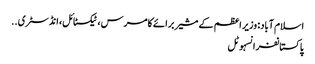
اسلام آباد: وزیر اعظم کے مشیر برائے کامرس، ٹیکسٹائل، انڈسٹری ..
پاکستانفرانسہوٹل